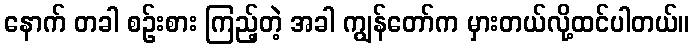
နောက် တခါ စဉ်းစား ကြည့်တဲ့ အခါ ကျွန်တော်က မှားတယ်လို့ထင်ပါတယ်။